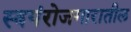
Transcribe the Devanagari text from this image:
स्वयंरोजगारातील